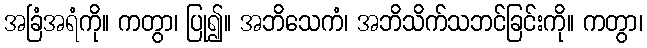
အခြံအရံကို။ ကတွာ၊ ပြု၍။ အဘိသေကံ၊ အဘိသိက်သဘင်ခြင်းကို။ ကတွာ၊